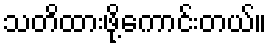
သတိထားဖို့ကောင်းတယ်။